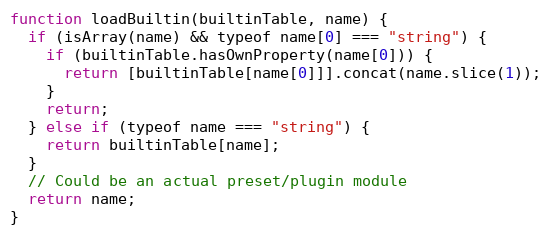
Language: JavaScript
function loadBuiltin(builtinTable, name) {
  if (isArray(name) && typeof name[0] === "string") {
    if (builtinTable.hasOwnProperty(name[0])) {
      return [builtinTable[name[0]]].concat(name.slice(1));
    }
    return;
  } else if (typeof name === "string") {
    return builtinTable[name];
  }
  // Could be an actual preset/plugin module
  return name;
}